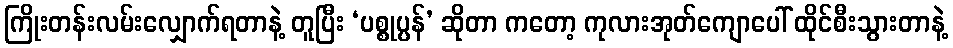
ကြိုးတန်းလမ်းလျှောက်ရတာနဲ့ တူပြီး ‘ပစ္စုပ္ပန်’ ဆိုတာ ကတော့ ကုလားအုတ်ကျောပေါ် ထိုင်စီးသွားတာနဲ့